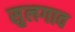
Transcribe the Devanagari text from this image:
सुलगाव